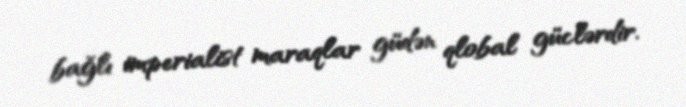
bağlı imperialist maraqlar güdən qlobal güclərdir.